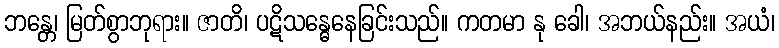
ဘန္တေ၊ မြတ်စွာဘုရား။ ဇာတိ၊ ပဋိသန္ဓေနေခြင်းသည်။ ကတမာ နု ခေါ၊ အဘယ်နည်း။ အယံ၊